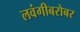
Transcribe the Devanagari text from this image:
लवंगीबरोबर